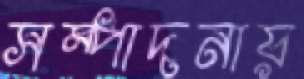
সম্পাদনায়